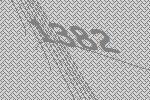
1382